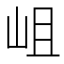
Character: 岨